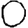
Digit: 0